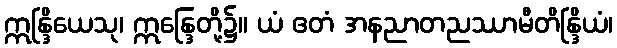
ဣန္ဒြိယေသု၊ ဣန္ဒြေတို့၌။ ယံ ဧတံ အနညာတညဿာမီတိန္ဒြိယံ၊